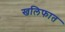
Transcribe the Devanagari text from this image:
खलिफात